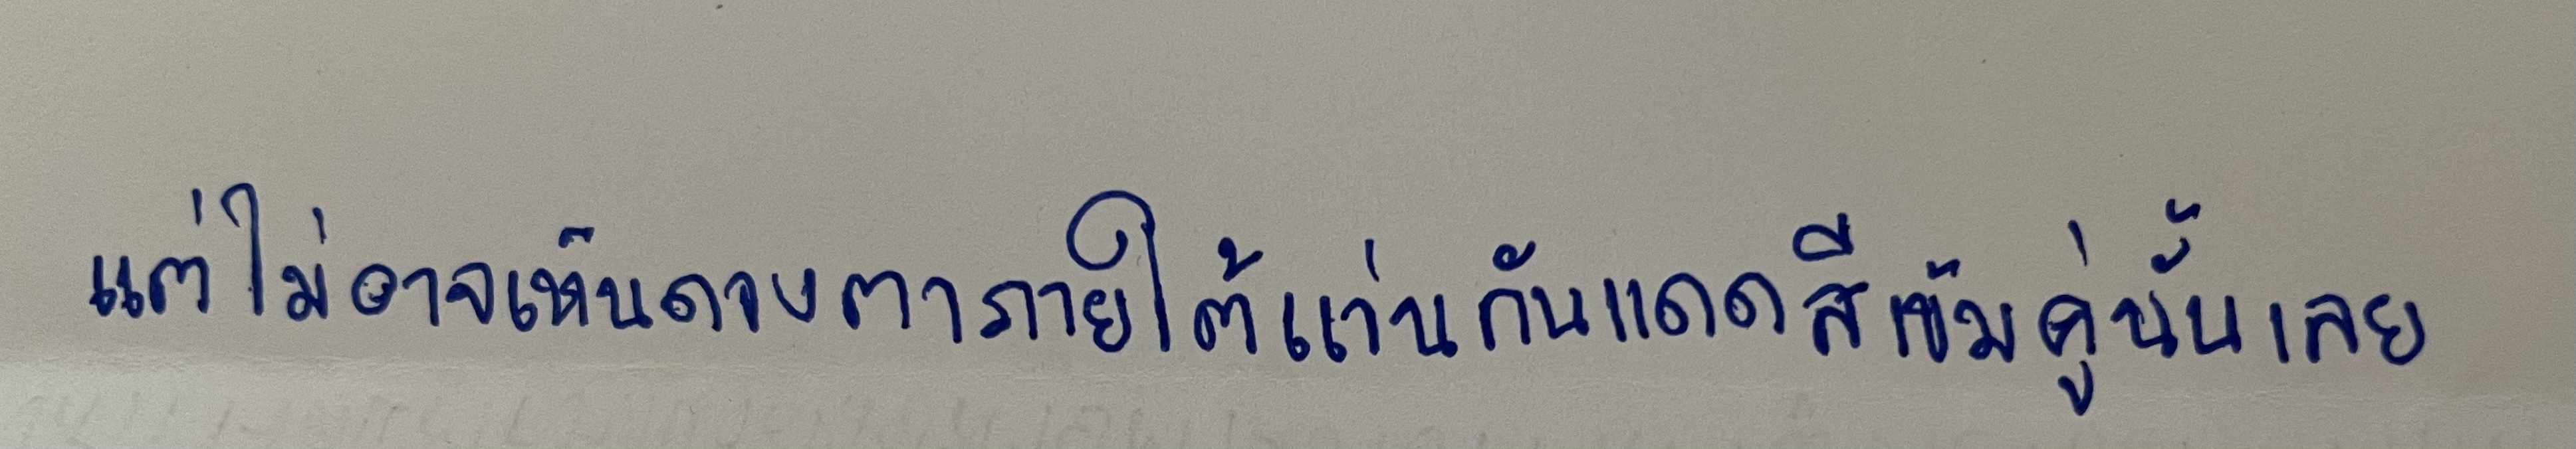
แต่ไม่อาจเห็นดวงตาภายใต้แว่นกันแดดสีเข้มคู่นั้นเลย